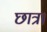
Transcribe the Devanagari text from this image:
छात्र।